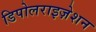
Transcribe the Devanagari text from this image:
डिपोलराइज़ेशन